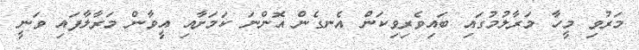
މަރުވި މީހާ މަރާލުމުގައި ބައިވެރިވިކަން އެނގެން އޮންނަ ކަމަށާއި އީވާން މަރާލާފައި ވަނީ